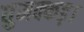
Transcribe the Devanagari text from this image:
घुमक्कड़।